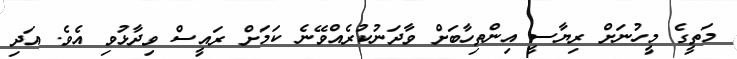
މަތީގެ މީހުނަށް ރިޔާސީ އިންތިހާބަށް ވާދަނުކުރެއްވޭނެ ކަމަށް ރައީސް ވިދާޅުވި އެވެ. އަދި